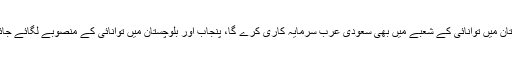
کہ پاکستان میں توانائی کے شعبے میں بھی سعودی عرب سرمایہ کاری کرے گا، پنجاب اور بلوچستان میں توانائی کے منصوبے لگائے جائیں گے۔